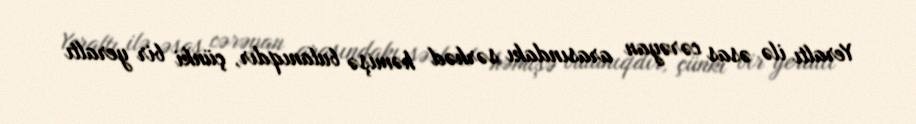
Yeraltı ilə əsas cərəyan arasındakı sərhəd həmişə bulanıqdır, çünki bir yeraltı